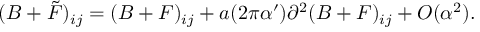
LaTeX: ( B + \tilde { F } ) _ { i j } = ( B + F ) _ { i j } + a ( 2 \pi \alpha ^ { \prime } ) \partial ^ { 2 } ( B + F ) _ { i j } + O ( \alpha ^ { 2 } ) .